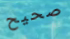
صحيح